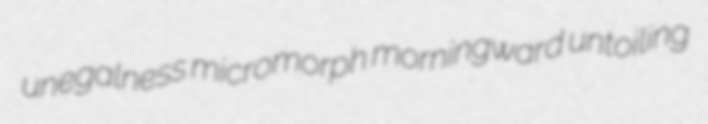
unegalness micromorph morningward untoiling